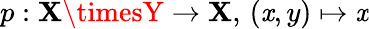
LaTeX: p:\mathbf{X}\timesY\to\mathbf{X},\, (\mathit{x},y)\mapsto\mathit{x}